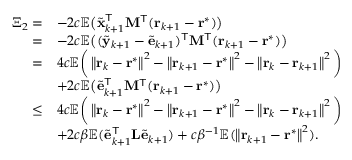
\begin{array} { r l } { \Xi _ { 2 } = } & { - 2 c \mathbb { E } \big ( \tilde { \mathbf { x } } _ { k + 1 } ^ { \mathsf { T } } \mathbf { M } ^ { \mathsf { T } } ( \mathbf { r } _ { k + 1 } - \mathbf { r } ^ { * } ) \big ) } \\ { = } & { - 2 c \mathbb { E } \big ( ( \tilde { \mathbf { y } } _ { k + 1 } - \tilde { \mathbf { e } } _ { k + 1 } ) ^ { \mathsf { T } } \mathbf { M } ^ { \mathsf { T } } ( \mathbf { r } _ { k + 1 } - \mathbf { r } ^ { * } ) \big ) } \\ { = } & { 4 c \mathbb { E } \bigg ( \left\| \mathbf { r } _ { k } - \mathbf { r } ^ { * } \right\| ^ { 2 } - \left\| \mathbf { r } _ { k + 1 } - \mathbf { r } ^ { * } \right\| ^ { 2 } - \left\| \mathbf { r } _ { k } - \mathbf { r } _ { k + 1 } \right\| ^ { 2 } \bigg ) } \\ { } & { + 2 c \mathbb { E } \big ( \tilde { \mathbf { e } } _ { k + 1 } ^ { \mathsf { T } } \mathbf { M } ^ { \mathsf { T } } ( \mathbf { r } _ { k + 1 } - \mathbf { r } ^ { * } ) \big ) } \\ { \leq } & { 4 c \mathbb { E } \bigg ( \left\| \mathbf { r } _ { k } - \mathbf { r } ^ { * } \right\| ^ { 2 } - \left\| \mathbf { r } _ { k + 1 } - \mathbf { r } ^ { * } \right\| ^ { 2 } - \left\| \mathbf { r } _ { k } - \mathbf { r } _ { k + 1 } \right\| ^ { 2 } \bigg ) } \\ { } & { + 2 c \beta \mathbb { E } ( \tilde { \mathbf { e } } _ { k + 1 } ^ { \mathsf { T } } \mathbf { L } \tilde { \mathbf { e } } _ { k + 1 } ) + c \beta ^ { - 1 } \mathbb { E } ( \left\| \mathbf { r } _ { k + 1 } - \mathbf { r } ^ { * } \right\| ^ { 2 } ) . } \end{array}